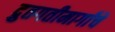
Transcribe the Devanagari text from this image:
द्रुतगतीमार्गांचे